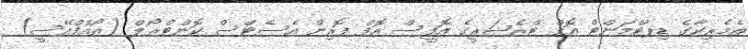
އެމެރިކާގެ ޑިޕާޓްމަންޓް އޮފް ޓްރެޝަރީގެ އޮފީސް އޮފް ފޮރިން އެސެޓްސް ކޮންޓްރޯލް (އޯއެފްއޭސީ)